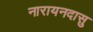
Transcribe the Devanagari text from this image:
नारायनदासु